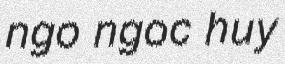
ngo ngoc huy